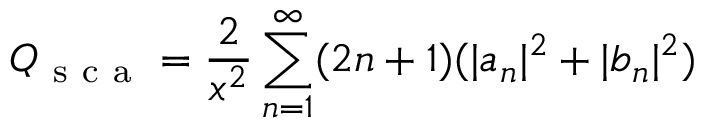
Q _ { \mathrm { ~ s ~ c ~ a ~ } } = \frac { 2 } { x ^ { 2 } } \sum _ { n = 1 } ^ { \infty } ( 2 n + 1 ) ( \lvert a _ { n } \rvert ^ { 2 } + \lvert b _ { n } \rvert ^ { 2 } )